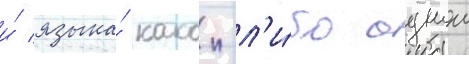
и́ языка́ какои-л'и́бо однои